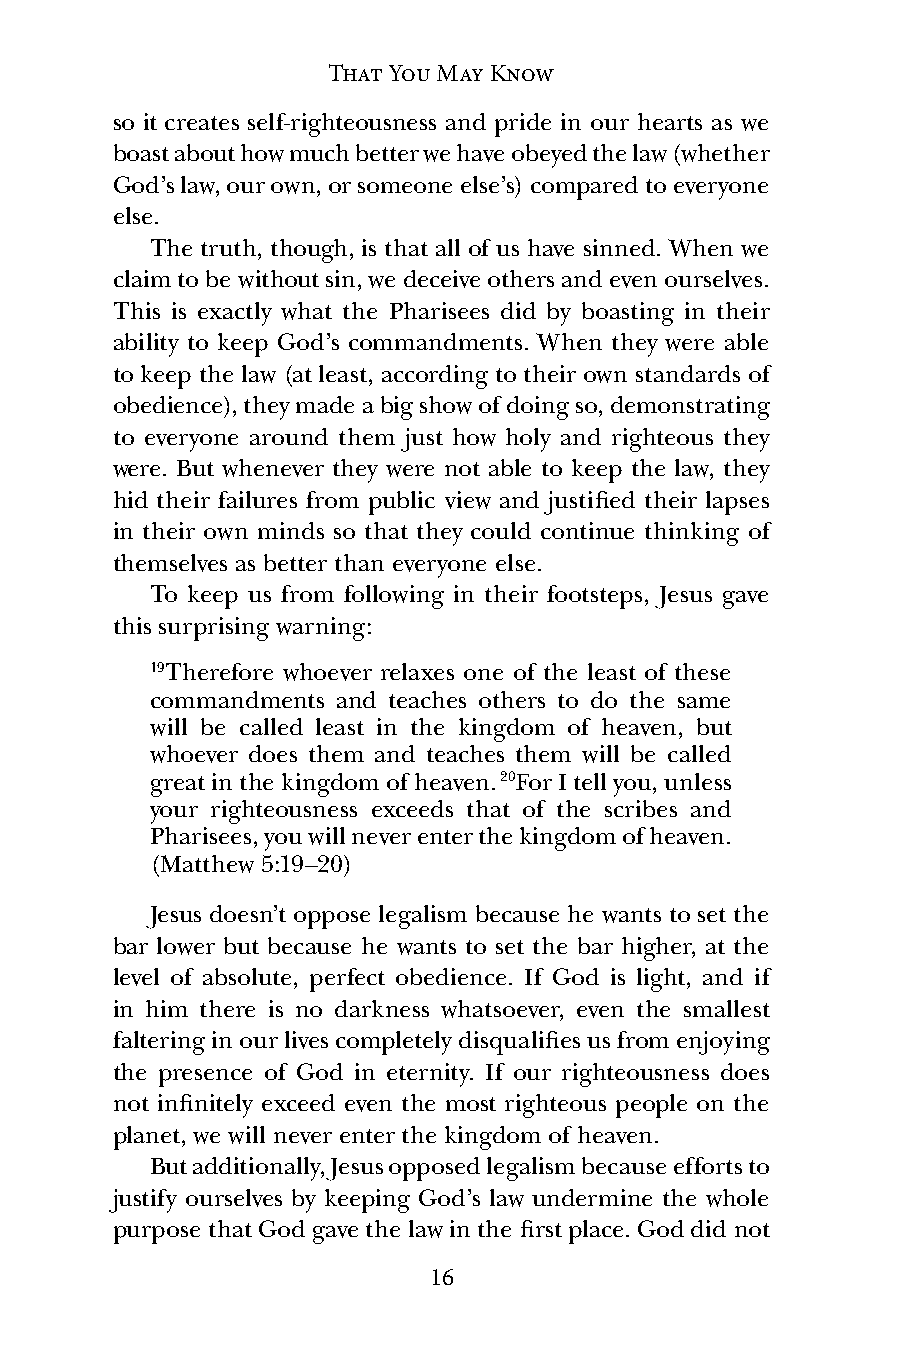
That You May Know
 so it creates self-righteousness and pride in our hearts as we
 boast about how much better we have obeyed the law (whether
 God’s law, our own, or someone else’s) compared to everyone
 else.
 The truth, though, is that all of us have sinned. When we
 claim to be without sin, we deceive others and even ourselves.
 This is exactly what the Pharisees did by boasting in their
 ability to keep God’s commandments. When they were able
 to keep the law (at least, according to their own standards of
 obedience), they made a big show of doing so, demonstrating
 to everyone around them just how holy and righteous they
 were. But whenever they were not able to keep the law, they
 hid their failures from public view and justified their lapses
 in their own minds so that they could continue thinking of
 themselves as better than everyone else.
 To keep us from following in their footsteps, Jesus gave
 this surprising warning:
 19Therefore whoever relaxes one of the least of these
 commandments and teaches others to do the same
 will be called least in the kingdom of heaven, but
 whoever does them and teaches them will be called
 great in the kingdom of heaven. 20For I tell you, unless
 your righteousness exceeds that of the scribes and
 Pharisees, you will never enter the kingdom of heaven.
 (Matthew 5:19–20)
 Jesus doesn’t oppose legalism because he wants to set the
 bar lower but because he wants to set the bar higher, at the
 level of absolute, perfect obedience. If God is light, and if
 in him there is no darkness whatsoever, even the smallest
 faltering in our lives completely disqualifies us from enjoying
 the presence of God in eternity. If our righteousness does
 not infinitely exceed even the most righteous people on the
 planet, we will never enter the kingdom of heaven.
 But additionally, Jesus opposed legalism because efforts to
 justify ourselves by keeping God’s law undermine the whole
 purpose that God gave the law in the first place. God did not
 16